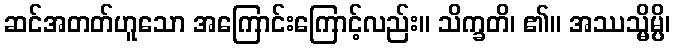
ဆင်အတတ်ဟူသော အကြောင်းကြောင့်လည်း။ သိက္ခတိ၊ ၏။ အဿသ္မိမ္ပိ၊